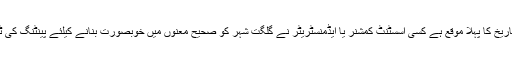
واضح رہے کہ گلگت بلتستان کے تاریخ کا پہلا موقع ہے کسی اسسٹنٹ کمشنر یا ایڈمنسٹریٹر نے گلگت شہر کو صحیح معنوں میں خوبصورت بنانے کیلئے پینٹنگ کی ٹیم کو گلگت آمد کی دعوت دی ہے ۔